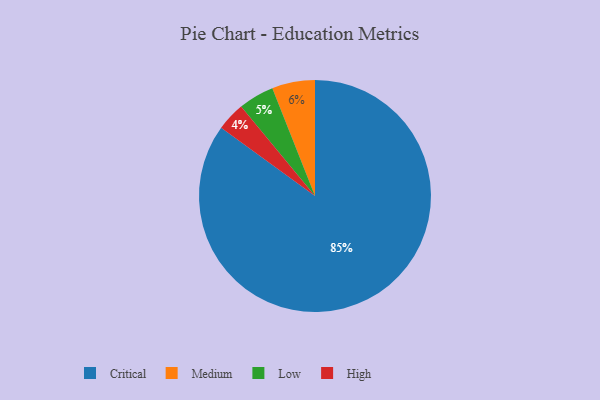
{"axis": {"x": "Category", "y": "Percentage"}, "legend": ["Critical", "High", "Low", "Medium"], "data": [{"x": "High", "y": 4, "type": "High"}, {"x": "Critical", "y": 85, "type": "Critical"}, {"x": "Medium", "y": 6, "type": "Medium"}, {"x": "Low", "y": 5, "type": "Low"}]}